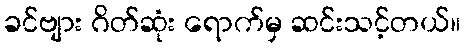
ခင်ဗျား ဂိတ်ဆုံး ရောက်မှ ဆင်းသင့်တယ်။